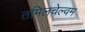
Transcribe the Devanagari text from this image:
तमिलचेल्वम